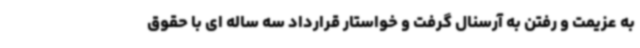
به عزیمت و رفتن به آرسنال گرفت و خواستار قرارداد سه ساله ای با حقوق